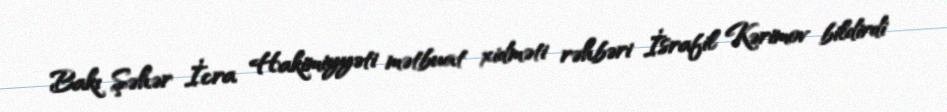
Bakı Şəhər İcra Hakimiyyəti mətbuat xidməti rəhbəri İsrafil Kərimov bildirdi